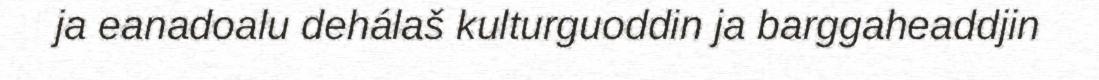
ja eanadoalu dehálaš kulturguoddin ja barggaheaddjin